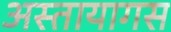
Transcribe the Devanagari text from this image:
अस्तायागस